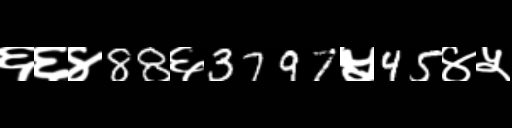
Text: ६६४88६3797५45४५